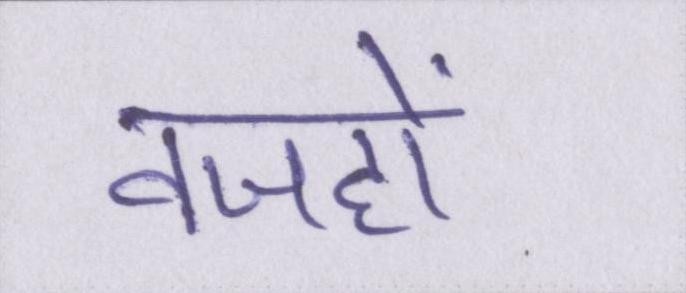
वजहों